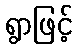
ရွာဖြင့်